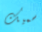
سميك